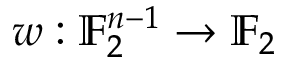
w : \mathbb { F } _ { 2 } ^ { n - 1 } \to \mathbb { F } _ { 2 }